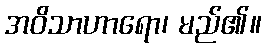
အဝိသာဟာရော၊ မည်၏။